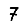
Digit: 7